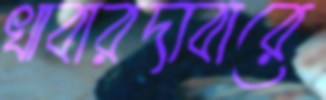
খাবারদাবারে